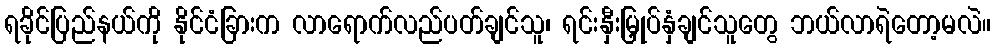
ရခိုင်ပြည်နယ်ကို နိုင်ငံခြားက လာရောက်လည်ပတ်ချင်သူ၊ ရင်းနှီးမြှုပ်နှံချင်သူတွေ ဘယ်လာရဲတော့မလဲ။